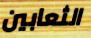
الثعابين